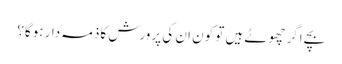
بچے اگر چھوٹے ہیں تو کون ان کی پرورش کاذمہ دار ہوگا؟